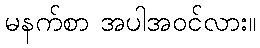
မနက်စာ အပါအဝင်လား။